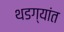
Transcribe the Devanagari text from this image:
थडग्यांत